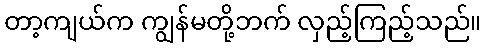
တာ့ကျယ်က ကျွန်မတို့ဘက် လှည့်ကြည့်သည်။